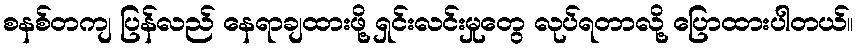
စနစ်တကျ ပြန်လည် နေရာချထားဖို့ ရှင်းလင်းမှုတွေ လုပ်ရတာလို့ ပြောထားပါတယ်။